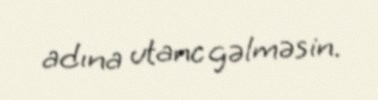
adına utanc gəlməsin.